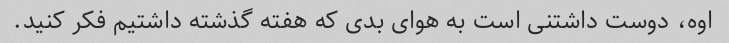
اوه، دوست داشتنی است به هوای بدی که هفته گذشته داشتیم فکر کنید.